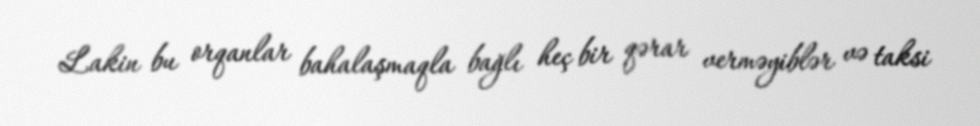
Lakin bu orqanlar bahalaşmaqla bağlı heç bir qərar verməyiblər və taksi